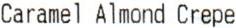
CARAMEL ALMOND CREPE